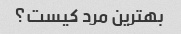
بهترین مرد کیست؟